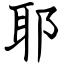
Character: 耶